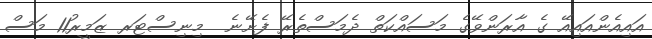
އައިއެންއައިއޭ ގެ އާރަންވޭގެ މަސައްކަތް ދެމަސްތެރޭ ފެށޭނެ  މިނިސްޓަރ ޒަމީރު11 މަސް